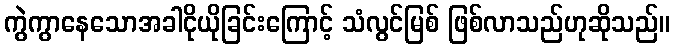
ကွဲကွာနေသောအခါငိုယိုခြင်းကြောင့် သံလွင်မြစ် ဖြစ်လာသည်ဟုဆိုသည်။